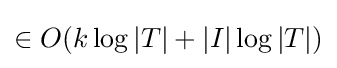
\in O(k\log |T|+|I|\log |T|)